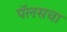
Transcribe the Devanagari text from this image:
पॅलसचा